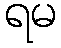
ရမ